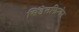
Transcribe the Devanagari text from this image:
सिंडेलफिन्गेन